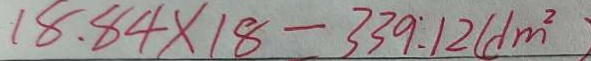
1 8 . 8 4 \times 1 8 - 3 3 9 . 1 2 ( d m ^ { 2 } )